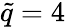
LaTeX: \tilde{q}=4